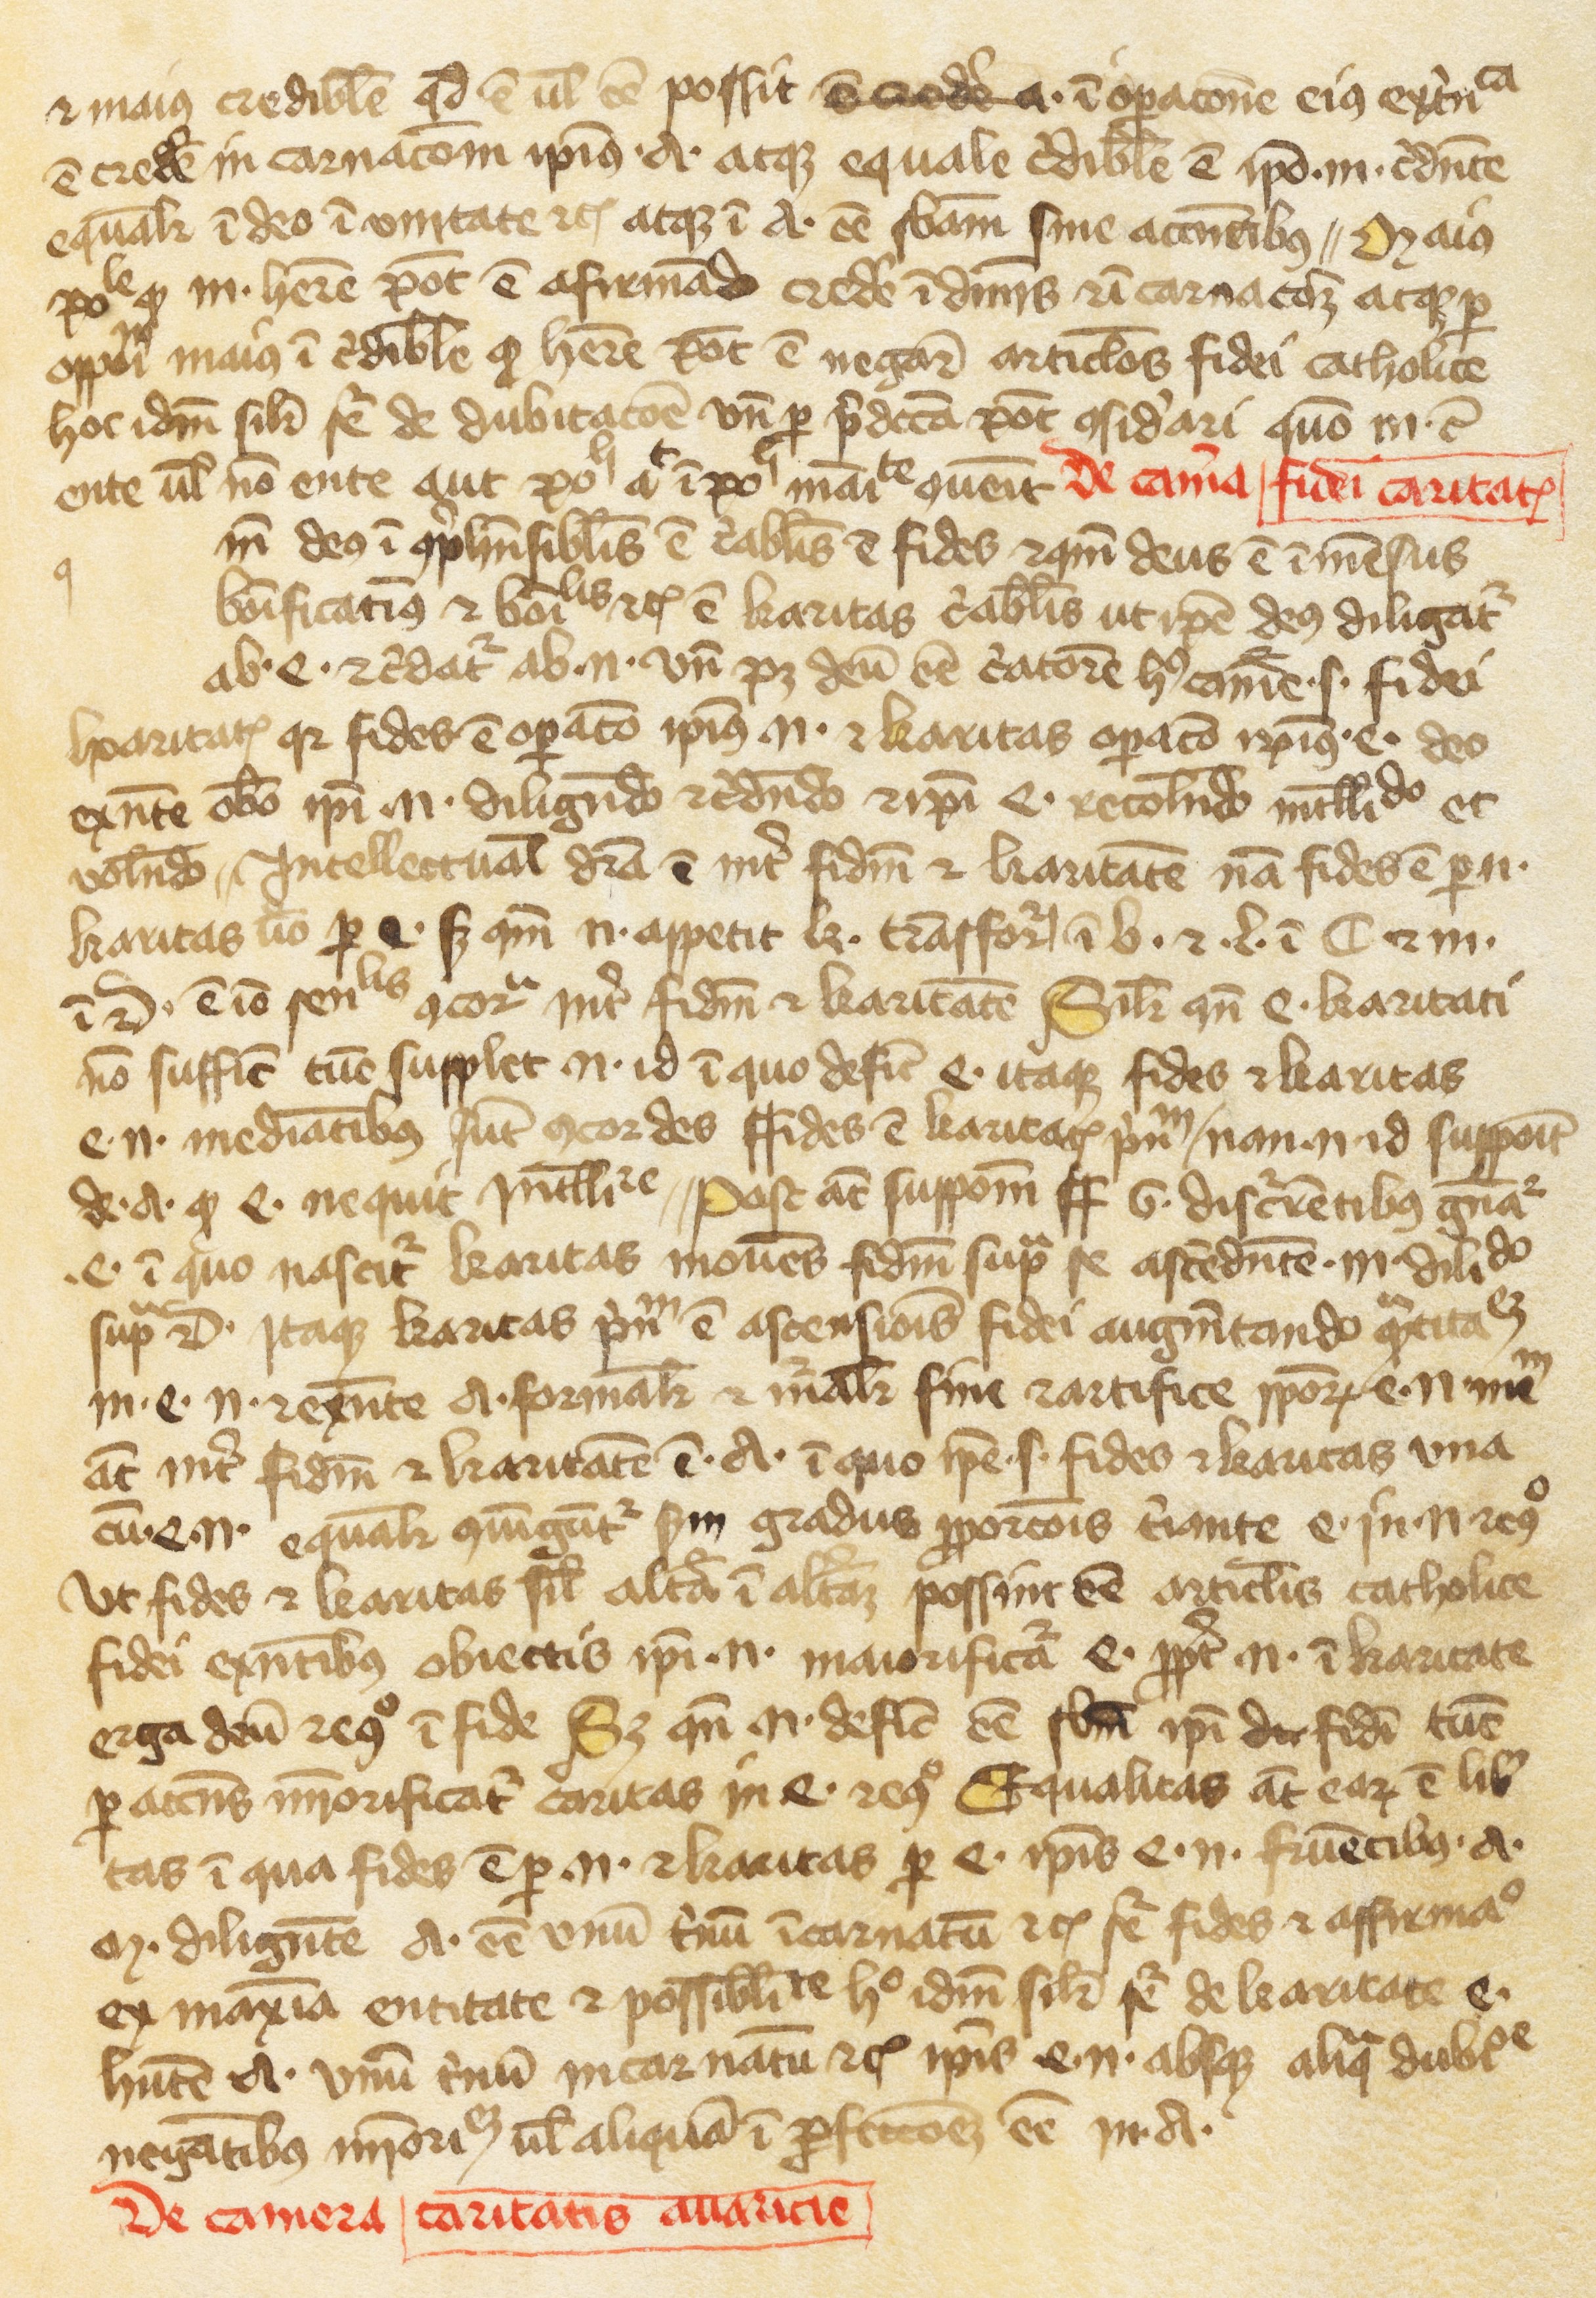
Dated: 1300–1399